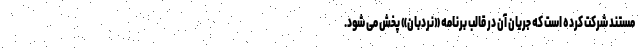
مستند شرکت کرده است که جریان آن در قالب برنامه «نردبان» پخش می شود.